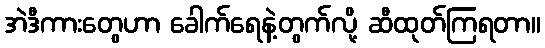
အဲဒီကားတွေဟာ ခေါက်ရေနဲ့တွက်လို့ ဆီထုတ်ကြရတာ။